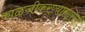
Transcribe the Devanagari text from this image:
काळजीकरण्यासारखी